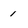
Character: 1